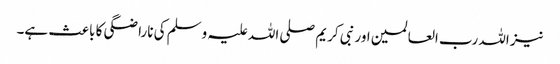
نیز اللہ رب العالمین اور نبی کریم صلی اللہ علیہ وسلم کی ناراضگی کا باعث ہے۔